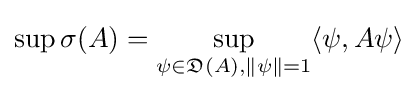
\sup \sigma (A)=\sup _{\psi \in {\mathfrak {D}}(A),\|\psi \|=1}\langle \psi ,A\psi \rangle